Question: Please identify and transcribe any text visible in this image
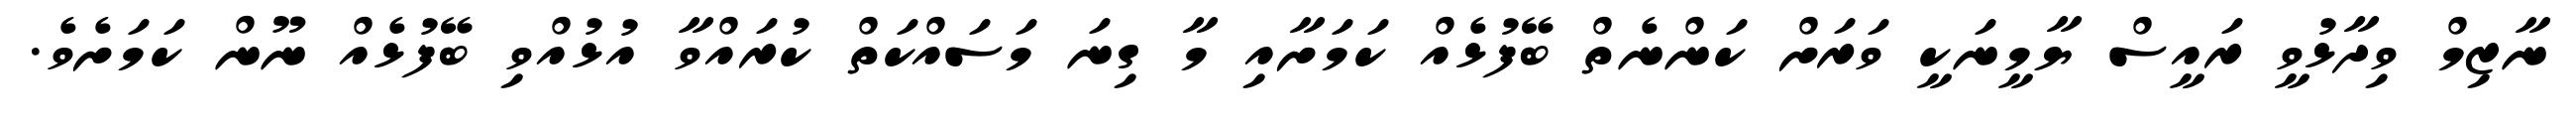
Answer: ނާޒިމް ވިދާޅުވީ ރައީސް ޔާމީނަކީ ވަރަށް ކަންނެތް ބޭފުޅެއް ކަމަށާއި މާ ގިނަ މަސައްކަތް ކުރައްވާ އުޅުއްވި ބޭފުޅެއް ނޫން ކަމަށެވެ.